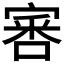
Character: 𡩨